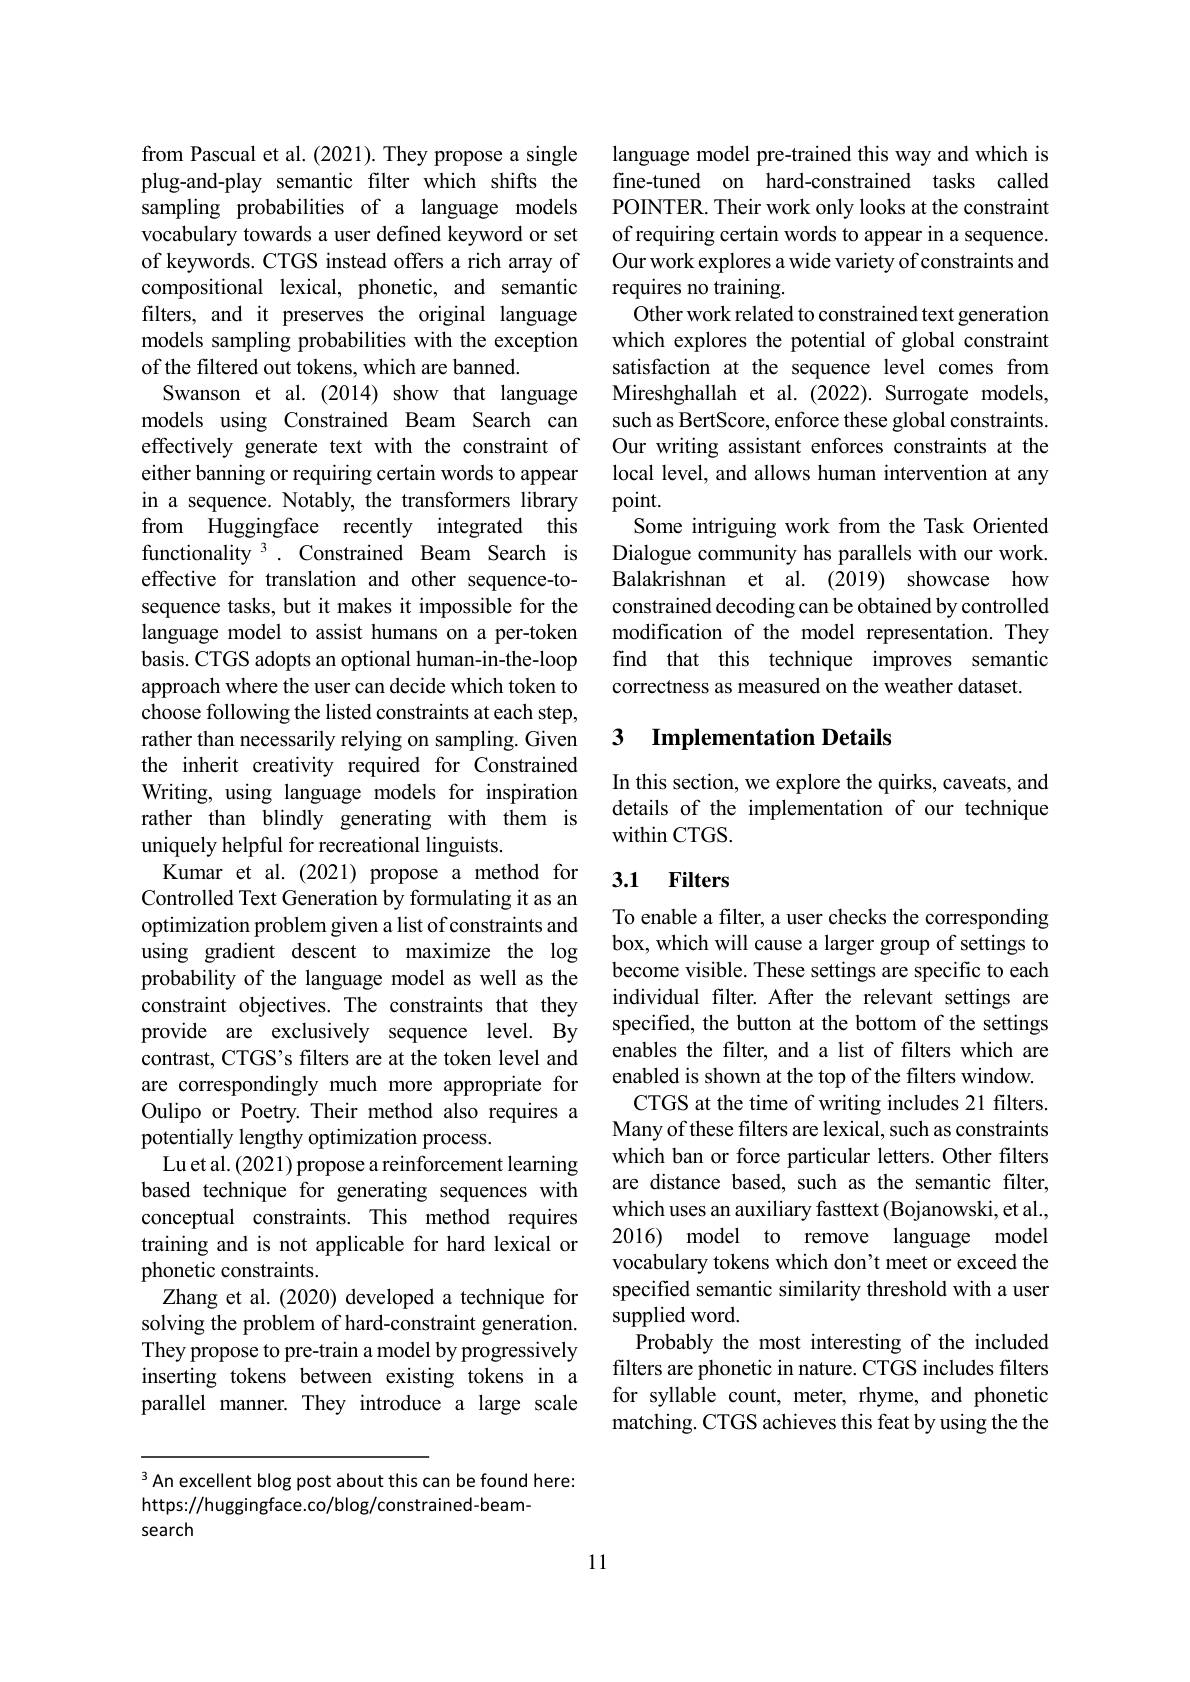
from Pascual et al. (2021). They propose a single plug-and-play semantic filter which shifts the sampling probabilities of a language models vocabulary towards a user defined keyword or set of keywords. CTGS instead offers a rich array of compositional lexical, phonetic, and semantic filters, and it preserves the original language models sampling probabilities with the exception of the filtered out tokens, which are banned.
Swanson et al.(2014) show that language models using Constrained Beam Search can effectively generate text with the constraint of either banning or requiring certain words to appear in a sequence. Notably, the transformers library from Huggingface recently integrated this functionality $^{3}.$ Constrained Beam Search is effective for translation and other sequence-tosequence tasks, but it makes it impossible for the language model to assist humans on a per-token basis. CTGS adopts an optional human-in-the-loop approach where the user can decide which token to choose following the listed constraints at each step, rather than necessarily relying on sampling. Given the inherit creativity required for Constrained Writing, using language models for inspiration rather than blindly generating with them is uniquely helpful for recreational linguists.
Kumar et al.(2021) propose a method for Controlled Text Generation by formulating it as an optimization problem given a list of constraints and using gradient descent to maximize the log probability of the language model as well as the constraint objectives. The constraints that they provide are exclusively sequence level. By contrast, CTGS's filters are at the token level and are correspondingly much more appropriate for Oulipo or Poetry. Their method also requires a potentially lengthy optimization process.
Lu et al. (2021) propose a reinforcement learning based technique for generating sequences with conceptual constraints. This method requires training and is not applicable for hard lexical or phonetic constraints.
Zhang et al. (2020) developed a technique for solving the problem of hard-constraint generation. They propose to pre-train a model by progressively inserting tokens between existing tokens in a parallel manner. They introduce a large scale

language model pre-trained this way and which is fine-tuned on hard-constrained tasks called PONTER. Their work only looks at the constraint of requiring certain words to appear in a sequence. Our work explores a wide variety of constraints and requires no training.
Other work related to constrained text generation which explores the potential of global constraint satisfaction at the sequence level comes from Mireshghallah et al. (2022). Surrogate models, such as BertScore, enforce these global constraints. Our writing assistant enforces constraints at the local level, and allows human intervention at any point.
Some intriguing work from the Task Oriented Dialogue community has parallels with our work. Balakrishnan et al. (2019) showcase how constrained decoding can be obtained by controlled modification of the model representation. They find that this technique improves semantic correctness as measured on the weather dataset.

### 3 Implementation Details

In this section, we explore the quirks, caveats, and details of the implementation of our technique within CTGS.

## 3.1 Filters

To enable a filter, a user checks the corresponding box, which will cause a larger group of settings to become visible. These settings are specific to each individual filter. After the relevant settings are specified, the button at the bottom of the settings enables the filter, and a list of filters which are enabled is shown at the top of the filters window. CTGS at the time of writing includes 21 filters. Many of these filters are lexical, such as constraints which ban or force particular letters. Other filters are distance based, such as the semantic filter, which uses an auxiliary fasttext (Bojanowski, et al., 2016) model to remove language model vocabulary tokens which don't meet or exceed the specified semantic similarity threshold with a user supplied word.
Probably the most interesting of the included filters are phonetic in nature. CTGS includes filters for syllable count, meter, rhyme, and phonetic matching. CTGS achieves this feat by using the the

$^{3}$An excellent blog post about this can be found here:
https://huggingface.co/blog/constrained-beam-
search

11